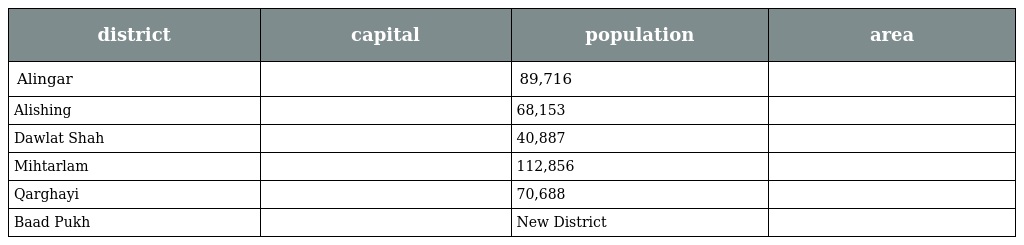
| district | capital | population | area |
 | --- | --- | --- | --- |
 | Alingar |  | 89,716 |  |
 | Alishing |  | 68,153 |  |
 | Dawlat Shah |  | 40,887 |  |
 | Mihtarlam |  | 112,856 |  |
 | Qarghayi |  | 70,688 |  |
 | Baad Pukh |  | New District |  |